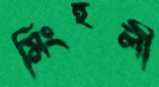
সিংহলী